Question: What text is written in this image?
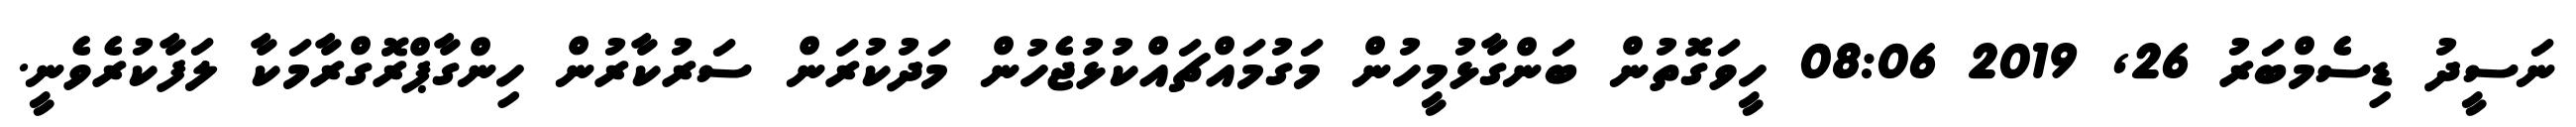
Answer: ނަސީދު ޑިސެމްބަރު 26, 2019 08:06 ހީވަގޮތުން ބަންގާޅުމީހުން މަގުމައްޗައްކުޅުޖެހުން މަދުކުރަން ސަރުކާރުން ހިންގާޕްރޮގްރާމަކާ ލަފާކުރެވެނީ.